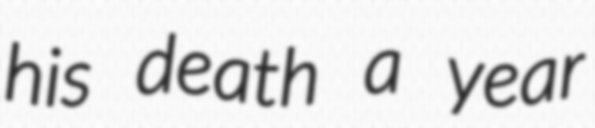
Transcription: his death a year